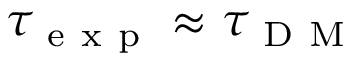
\tau _ { \mathrm { ~ e ~ x ~ p ~ } } \approx \tau _ { \mathrm { ~ D ~ M ~ } }